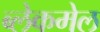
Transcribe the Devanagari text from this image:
ब्लेकमेल